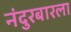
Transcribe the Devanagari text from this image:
नंदुरबारला